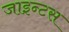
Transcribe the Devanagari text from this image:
जाइन्टस